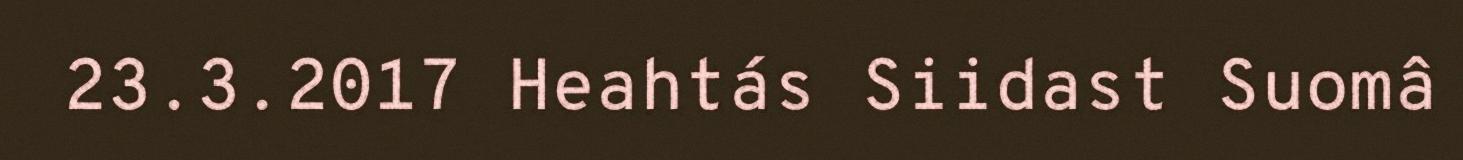
23.3.2017 Heahtás Siidast Suomâ